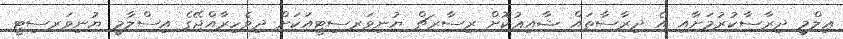
ޢިލްމީ ދިރާސާކުރުމަށާއި އެ ދިރާސާތައް ޝާއިޢުކޮށް ރިސާރޗް ޔުނިވަރސިޓީއަކަށް ދިވެހިރާއްޖޭގެ އިސްލާމީ ޔުނިވަރސިޓީ